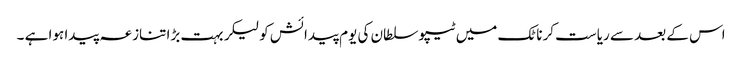
اس کے بعد سے ریاست کرناٹک میں ٹیپو سلطان کی یوم پیدائش کو لیکر بہت بڑا تنازعہ پیدا ہوا ہے ۔